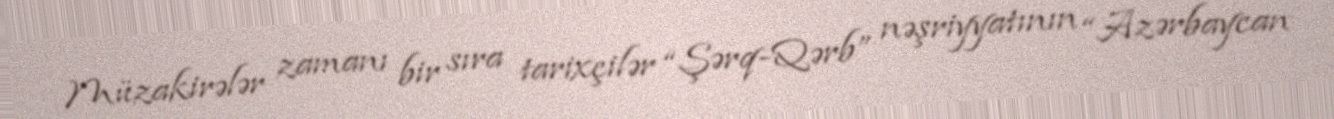
Müzakirələr zamanı bir sıra tarixçilər “Şərq-Qərb” nəşriyyatının “Azərbaycan